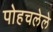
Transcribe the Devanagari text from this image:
पोहचलेले